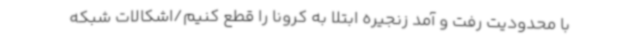
با محدودیت رفت و آمد زنجیره ابتلا به کرونا را قطع کنیم/اشکالات شبکه